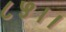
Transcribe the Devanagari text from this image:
८५।।